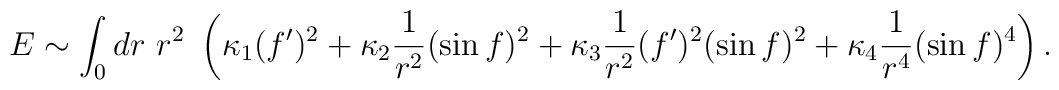
E \sim \int_0 dr ~r^2~ \left( \kappa_1 (f^\prime)^2 +\kappa_2 \frac{1}{r^2} (\sin f)^2 + \kappa_3  \frac{1}{r^2} (f^\prime)^2 (\sin f)^2 +\kappa_4 \frac{1}{r^4} (\sin f)^4 \right).